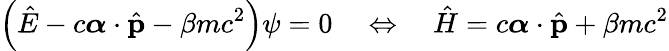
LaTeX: \left({\hat{E}}-c{\boldsymbol{\alpha}}\cdot{\hat{\mathbf{p}}}-\beta mc^{2}\right)\psi=0\quad\Leftrightarrow\quad{\hat{H}}=c{\boldsymbol{\alpha}}\cdot{\hat{\mathbf{p}}}+\beta mc^{2}